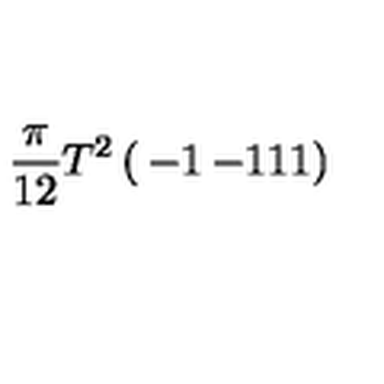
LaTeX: { \frac { \pi } { 1 2 } } T ^ { 2 } \left( \begin{matrix} { - 1 } & { - 1 } \\ { 1 } & { 1 } \\ \end{matrix} \right)